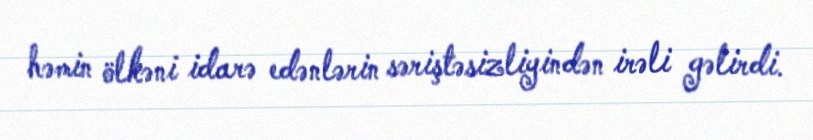
həmin ölkəni idarə edənlərin səriştəsizliyindən irəli gəlirdi.